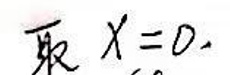
取 \(x = 0\)